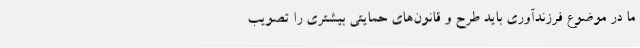
ما در موضوع فرزندآوری باید طرح و قانون‌های حمایتی بیشتری را تصویب